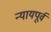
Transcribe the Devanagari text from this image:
न्यायपूर्व